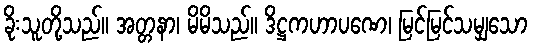
ခိုးသူတို့သည်။ အတ္တနာ၊ မိမိသည်။ ဒိဋ္ဌကဟာပဏေ၊ မြင်မြင်သမျှသော